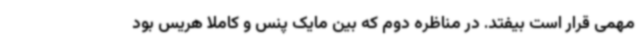
مهمی قرار است بیفتد. در مناظره دوم که بین مایک پنس و کاملا هریس بود